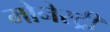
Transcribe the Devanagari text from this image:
मोनेस्‍ट्री